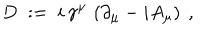
D \; : = \; i \, \gamma ^ { \mu } \, \left( \partial _ { \mu } - i A _ { \mu } \right) \ ,